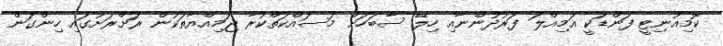
ކޮމިއުނިޓީ ފަންޑަކީ އަމިއްލަ ފަރުދުންނާއި ހިލޭ ސާބަހަށް މަސައްކަތްކުރާ ޖަމިއްޔާތަކުން ރަށްރަށުގައި ހިންގަން